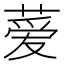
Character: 𫉁